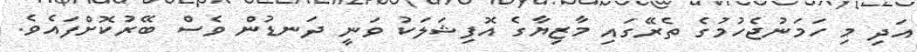
އަދި މި ހަމަނުޖެހުމުގެ ތެރޭގައި މާޒިޔާގެ އޮފިޝަލަކު ވަނީ ދަނޑުން ވެސް ބޭރުކޮށްފައެވެ.